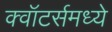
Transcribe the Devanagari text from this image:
क्वॉटर्समध्ये